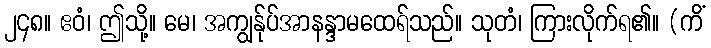
၂၄၈။ ဧဝံ၊ ဤသို့။ မေ၊ အကျွန်ုပ်အာနန္ဒာမထေရ်သည်။ သုတံ၊ ကြားလိုက်ရ၏။ (ကိံ